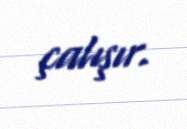
çalışır.